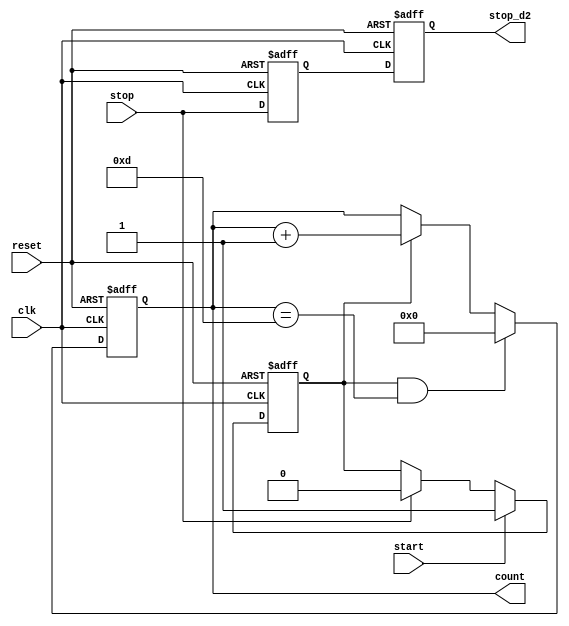
module srflop_n_counter (
    start,
    stop,
    clk,
    reset,
    count,
    stop_d2
);

input start, stop, clk, reset;
output [3:0] count;
output stop_d2;

// output as register
reg [3:0] count;
reg stop_d2;
// internal signal as register
reg cnt_en;
reg stop_d1;

// SR flip-flop
always @(posedge clk or posedge reset) begin
    if (reset) begin
        cnt_en <= 1'b0;
    end else if (start) begin
        cnt_en <= 1'b1;
    end else if (stop) begin
        cnt_en <= 1'b0;
    end
end

// modulo 14
always @(posedge clk or posedge reset) begin
    if (reset) begin
        count <= 4'h0; 
    end else if (cnt_en && count == 4'd13) begin
        count <= 4'h0;
    end else if (cnt_en) begin
        count <= count + 1;
    end
end

// delay
always @(posedge clk or posedge reset) begin
    if (reset) begin
        stop_d1 <= 1'b0;
        stop_d2 <= 1'b0;
    end else begin
        stop_d1 <= stop;
        stop_d2 <= stop_d1;
    end
end
    
endmodule